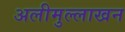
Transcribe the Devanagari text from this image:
अलीमुल्लाखन